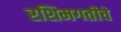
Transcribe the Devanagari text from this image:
रशिमगतीचे